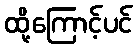
ထို့ကြောင့်ပင်